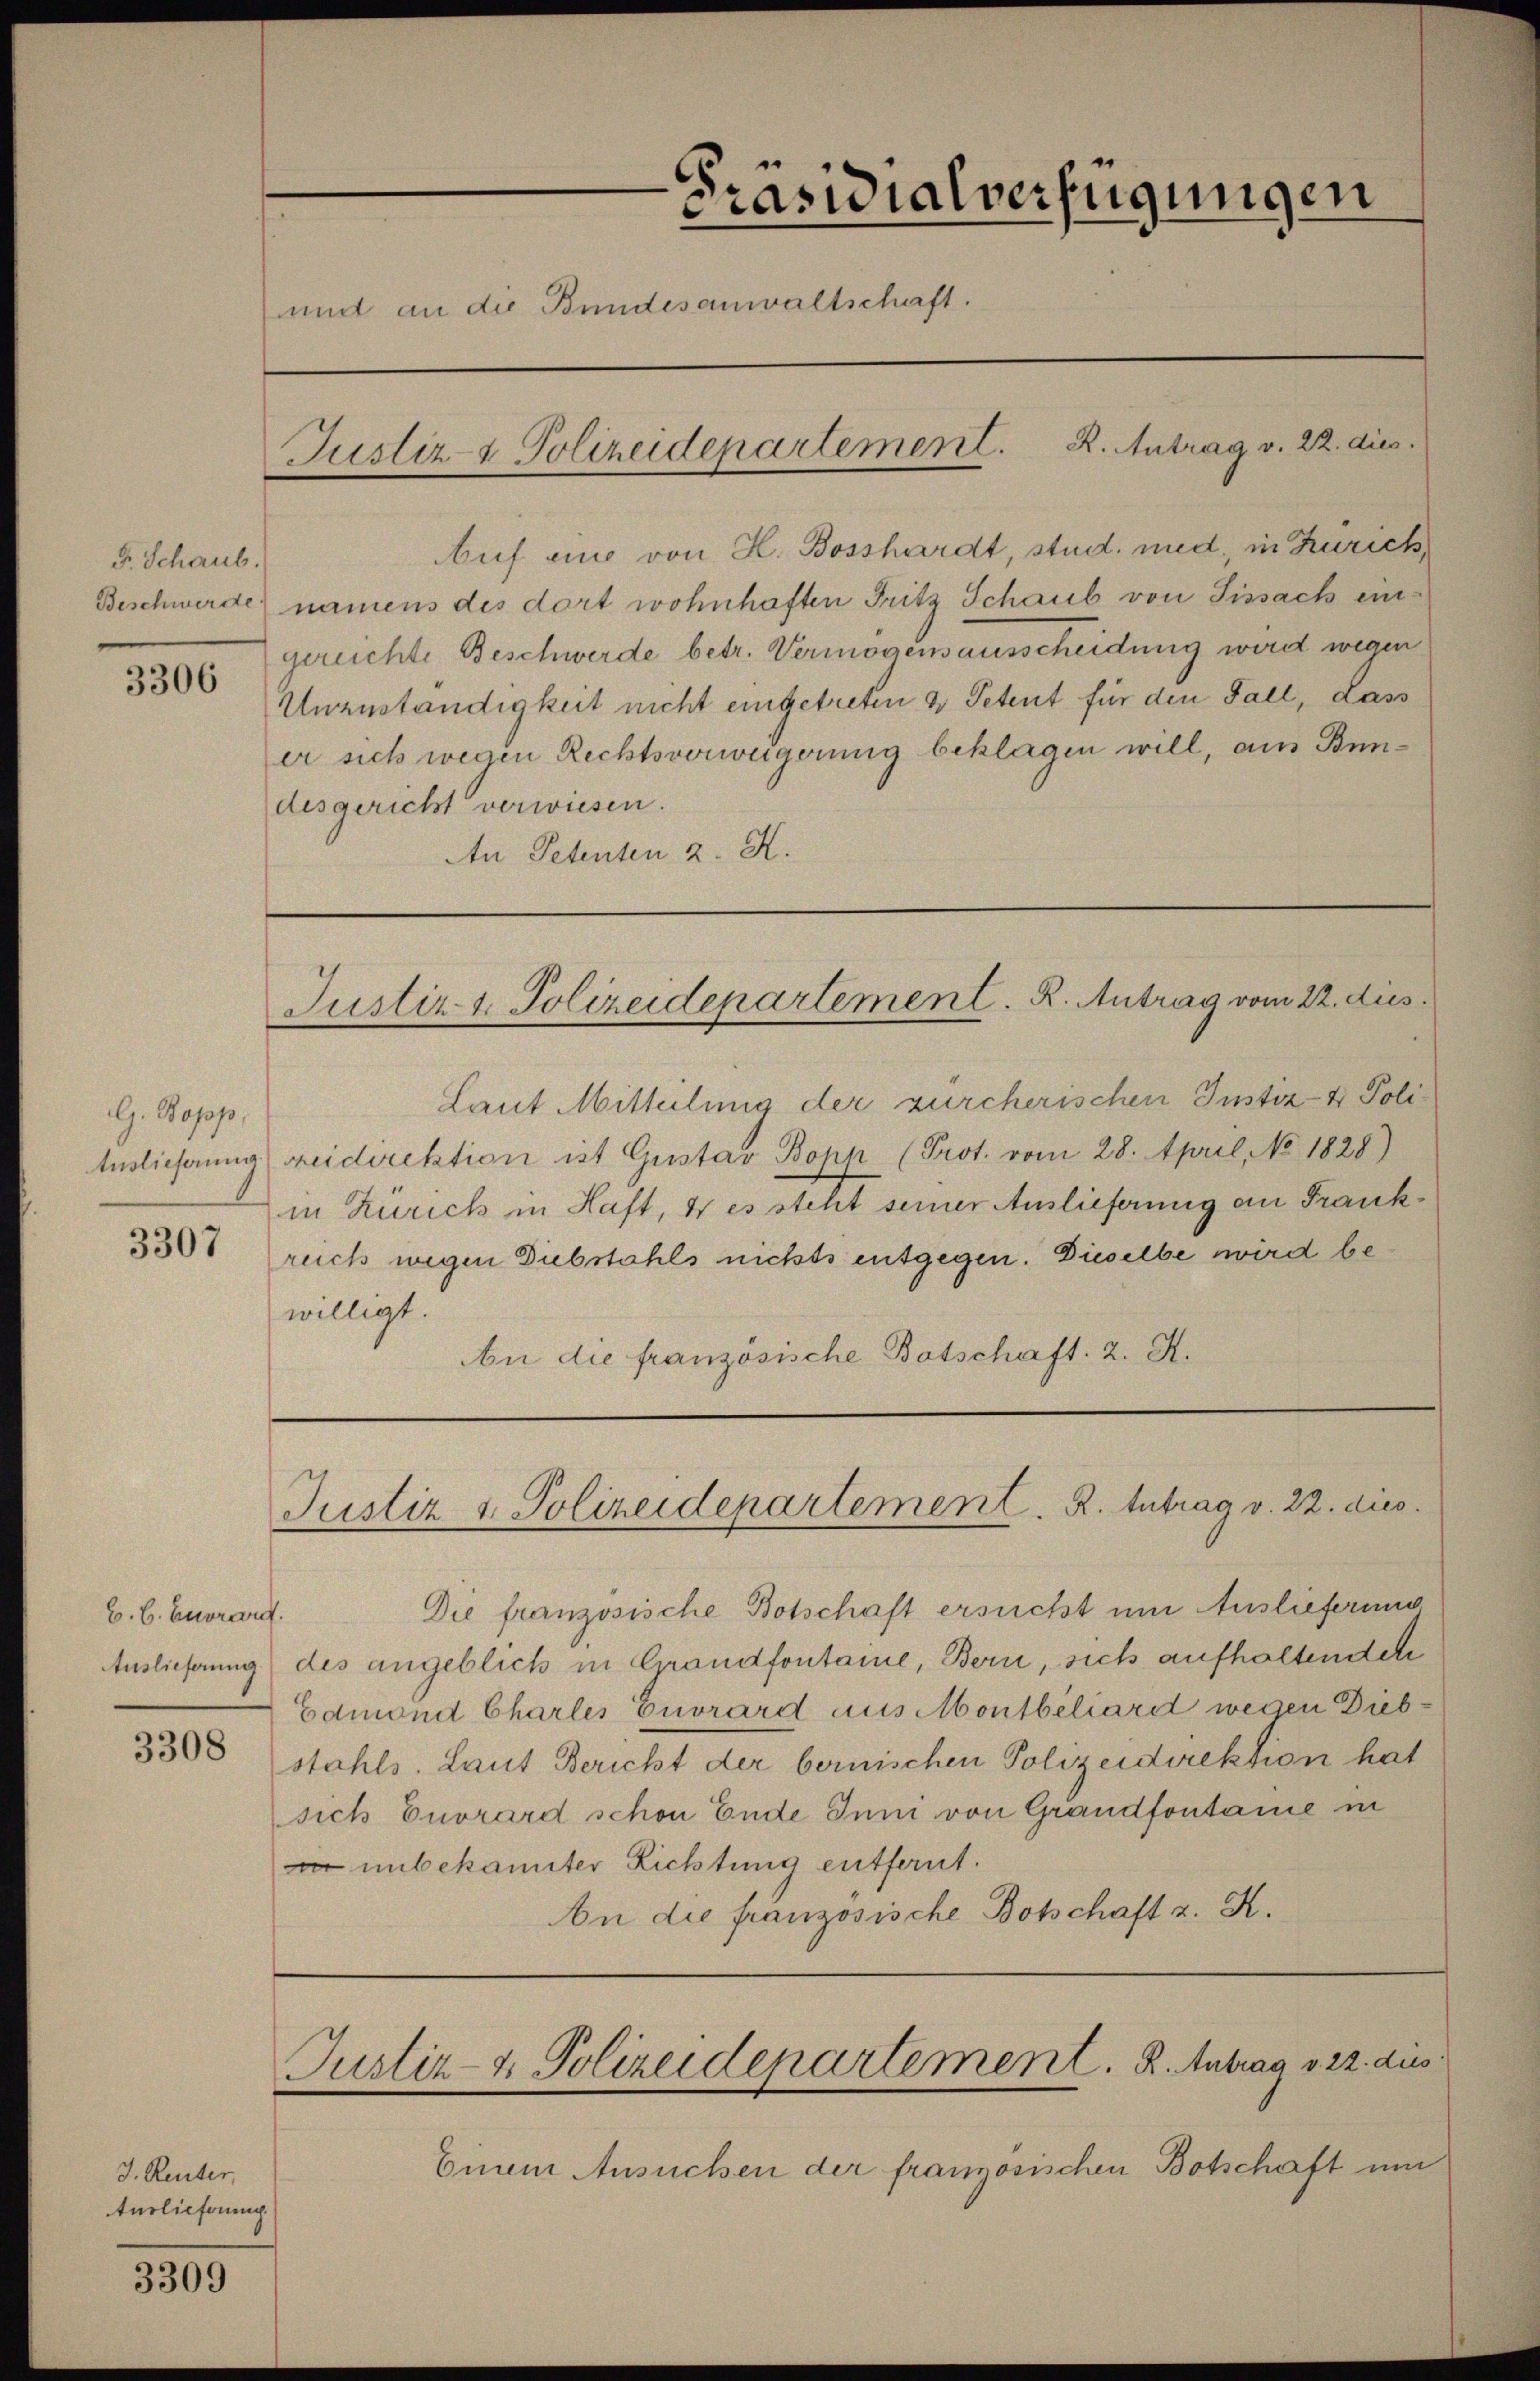
F. Schaub.

3306

G. Bopp,
3307

C. C. Envrard.

3308

J. Reuter,
Auslieferung

3309

Präsidialverfügungen
und an die Bundesanwaltschaft.
Justiz- & Polizeidepartement. R. Antrag v. 22. dies

Auf ein von H. Bosshardt, stud. med, in Zürich,
Beschwerde) namens des dort wohnhaften Fritz Schaub von Tissach ein-
gereichte Beschwerde betr. Vermögensausscheidung wird wegen
Unzuständigkeit nicht eingetreten & Petent für den Fall, dass
er sich wegen Rechtsverweigerung beklagen will, am Bundesgericht verwiesen.
An Petenten z. K.

Laut Mittelung der zürcherischen Instiz- & Poli¬
Auslieferung reidirektion ist Gustav Bopp (Prot. vom 28. April, No. 1828)
in Zürich in Haft, & es steht seiner Auslieferung an Frankruch wegen Diebstahls nichts entgegen. Dieselbe wird bewilligt.
An die französische Botschaft. 2. S.

Justiz & Polizeidepartement. R. Antrag vom 22. dies

Justiz & Polizeidepartement. R. Intrag v. 22. dies

Justiz- & Polizeidepartement. B. Antrag v. 22. dies

Die französische Botschaft ersucht um Auslieferung
Auslieferung) des angeblich in Grandfontaine, Bern, sich aufhaltenden
Edmond Charles Envrard aus Montbiliard wegen Diebstahls. Laut Bericht der bernischen Polizeidirektion hat
sich Enorard schon Ende Juni von Grandfontane in
i unbekannter Richtung entfernt.
An die französische Botschaft z. R.

Einem Ansuchen der französischen Botschaft um